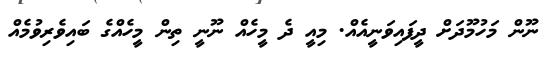
ނޫން މަހުމޫދަށް ދީފައިވަނީއެއް. މިއީ ދެ މީހެއް ނޫނީ ތިން މީހެއްގެ ބައިވެރިވުމެއް